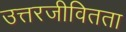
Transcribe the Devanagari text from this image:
उत्तरजीवितता